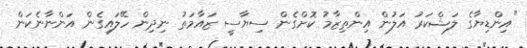
"އިންޑިޔާގެ ލަޝްކަރު އަލުން އިންތިޒާމު ކޮށްގެން ސިޔާސީ ޒައާމަތު ނިދިން ހޭލައިގެން އަންނާނެކަން